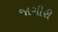
જાગીરી